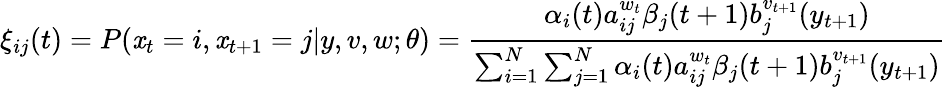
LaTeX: \xi_{ij}(t)=P(\mathit{x}_{t}=i,\mathit{x}_{t+1}=j|y,v,w;\theta)={\frac{{\alpha_{i}(t)a_{ij}^{w_{t}}\beta_{j}(t+1)b_{j}^{v_{t+1}}(y_{t+1})}}{{\sum_{i=1}^{N}\sum_{j=1}^{N}\alpha_{i}(t)a_{ij}^{w_{t}}\beta_{j}(t+1)b_{j}^{v_{t+1}}(y_{t+1})}}}